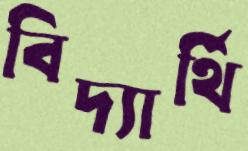
বিদ্যার্থি